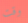
وقت